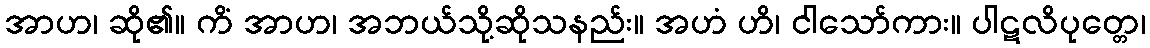
အာဟ၊ ဆို၏။ ကိံ အာဟ၊ အဘယ်သို့ဆိုသနည်း။ အဟံ ဟိ၊ ငါသော်ကား။ ပါဋလိပုတ္တေ၊